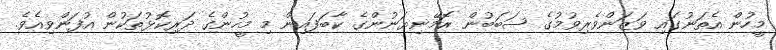
މީހުން އެތަނުގައި ވަޒަންވެރިވުމުގެ ސަބަބުން ރޮމޭނިޔަނުންގެ ކާބަފައިން މި މީހުންގެ ދަރިކޮޅުތަކުން އުފަންވިއެވެ.